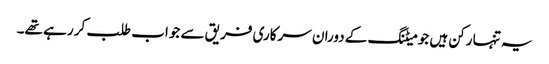
یہ تنہا رکن ہیں جو میٹنگ کے دوران سرکاری فریق سے جواب طلب کر رہے تھے۔